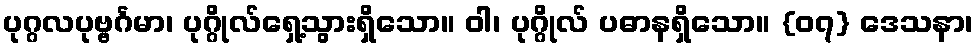
ပုဂ္ဂလပုဗ္ဗင်္ဂမာ၊ ပုဂ္ဂိုလ်ရှေ့သွားရှိသော။ ဝါ၊ ပုဂ္ဂိုလ် ပဓာနရှိသော။ {၀၇} ဒေသနာ၊